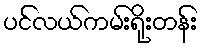
ပင်လယ်ကမ်းရိုးတန်း